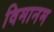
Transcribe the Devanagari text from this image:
विमानम